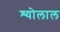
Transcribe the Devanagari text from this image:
श्योलाल